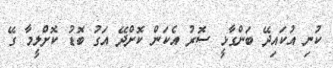
ކުނި އުކައިދޭ ބަންގާޅީ ސޮރު އެކަން ކޮށްދޭ އަގު ބޮޑު ކޮށްލީމާ ގޭ